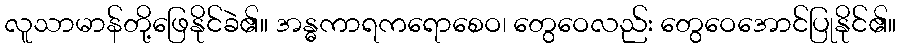
လူသာမာန်တို့ဖြေနိုင်ခဲ၏။ အန္ဓကာရကရောစေဝ၊ တွေဝေလည်း တွေဝေအောင်ပြုနိုင်၏။